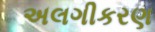
અલગીકરણ